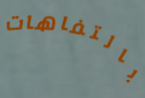
بالتفاهات